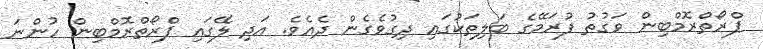
ޕްރޯތްރޮމްބިން ވަގުތު ފުރަމޭގެ ބަލިތަކުގައި ދިގުވެގެން ދެއެވެ. އަދި ލޭގައި ޕްރޯތްރޮމްބިން ހުންނަ